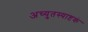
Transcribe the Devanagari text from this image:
अच्युतस्याष्टकं